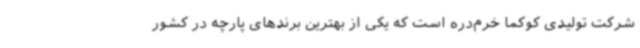
شرکت تولیدی کوکما خرم‌دره است که یکی از بهترین برندهای پارچه در کشور